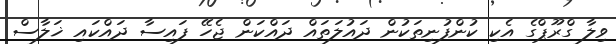
ވިލާ ގްރޫޕްގެ އެކި ކުންފުނިތަކުން ދައުލަތައް ދައްކަން ޖެހޭ ފައިސާ ދައްކައި ޚަލާސް